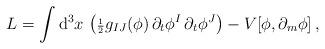
LaTeX: \begin{align*} L= \int {\rm d}^3 x \,\left({\scriptstyle{1\over 2}} g_{IJ}(\phi)\,\partial_t\phi^I\,\partial_t\phi^J \right) - V[\phi, \partial_m\phi] \,,\end{align*}